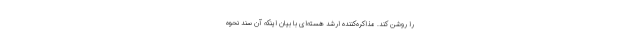
را روشن کند. مذاکره‌کننده ارشد هسته‌ای با بیان اینکه آن سند نحوه